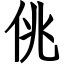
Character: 佻